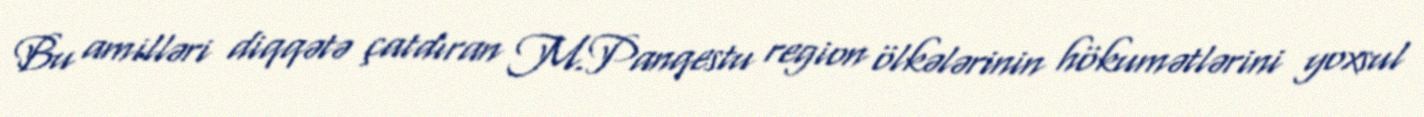
Bu amilləri diqqətə çatdıran M.Panqestu region ölkələrinin hökumətlərini yoxsul